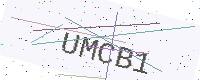
Text: UMCB1